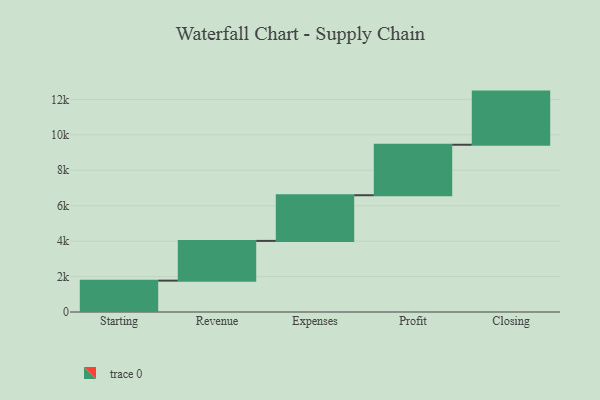
{"axis": {"x": "Step", "y": "Value"}, "legend": [""], "data": [{"x": "Starting", "y": 1770.0, "type": ""}, {"x": "Revenue", "y": 2243.0, "type": ""}, {"x": "Expenses", "y": 2578.0, "type": ""}, {"x": "Profit", "y": 2849.0, "type": ""}, {"x": "Closing", "y": 3000, "type": ""}]}